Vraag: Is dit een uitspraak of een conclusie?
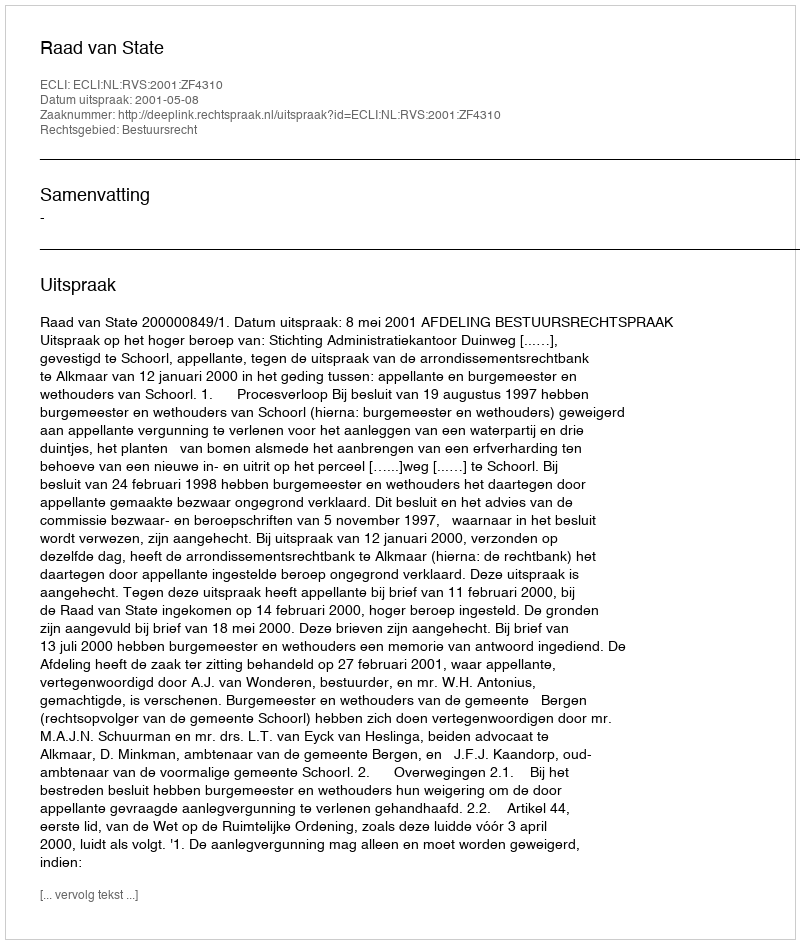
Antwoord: Uitspraak